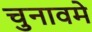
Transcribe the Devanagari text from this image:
चुनावमे